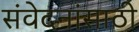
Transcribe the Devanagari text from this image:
संवेदनांसाठी